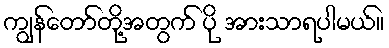
ကျွန်တော်တို့အတွက် ပို အားသာရပါမယ်။